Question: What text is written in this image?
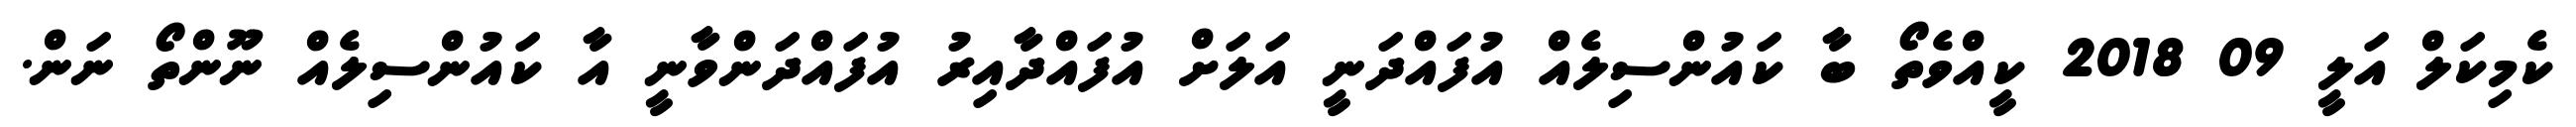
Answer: ކެމިކަލް އަލީ 09 2018 ކީއްވެތޯ ބާ ކައުންސިލެއް އުފައްދަނީ އަލަށް އުފައްދާއިރު އުފައްދަންވާނީ އާ ކައުންސިލެއް ނޫންތޯ ނަން.